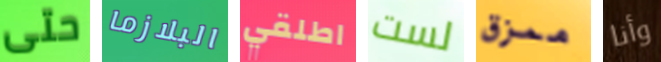
حتى البلازما اطلقي لست ممزق وأنا